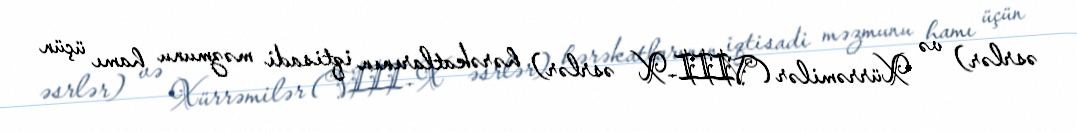
əsrlər) və Xürrəmilər (VIII–X əsrlər) hərəkatlarının iqtisadi məzmunu hamı üçün